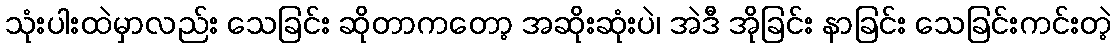
သုံးပါးထဲမှာလည်း သေခြင်း ဆိုတာကတော့ အဆိုးဆုံးပဲ၊ အဲဒီ အိုခြင်း နာခြင်း သေခြင်းကင်းတဲ့